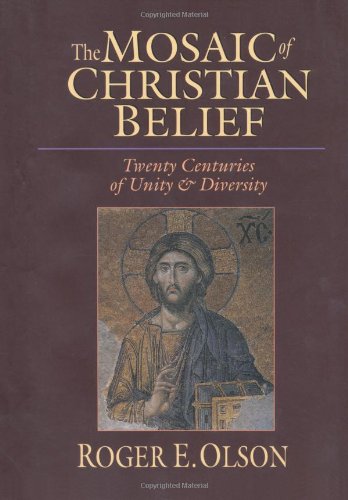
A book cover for The Mosaic of Christian Belief: Twenty Centuries of Unity & Diversity; Roger E. Olson; Christian Books & Bibles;